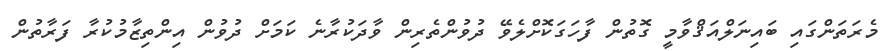
މެރަތަންގައި ބައިނަލްއަޤްވާމީ ގޮތުން ފާހަގަކޮށްލެވޭ ދުވުންތެރިން ވާދަކުރާނެ ކަމަށް ދުވުން އިންތިޒާމުުކުރާ ފަރާތުން